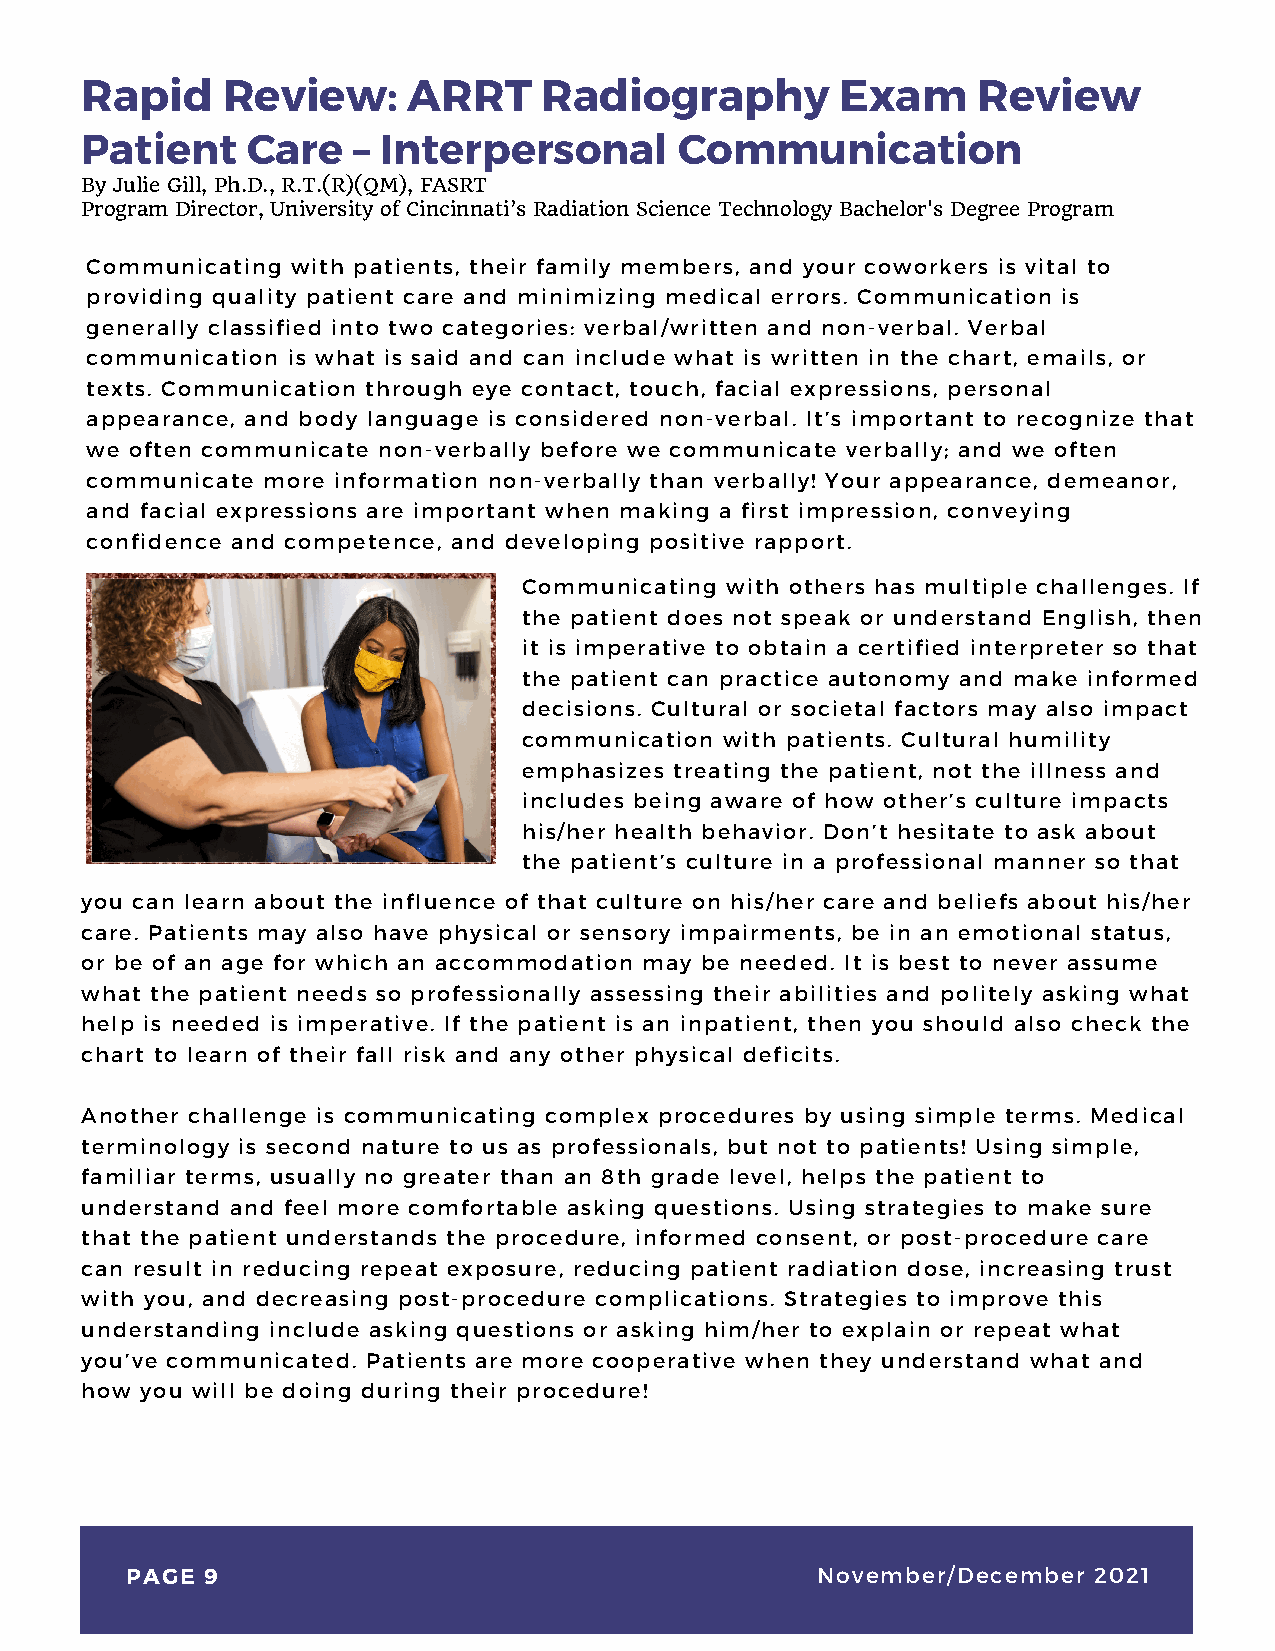
Rapid     Review:     ARRT     Radiography         Exam     Review
 Patient    Care   – Interpersonal       Communication
 By Julie Gill, Ph.D., R.T.(R)(QM), FASRT
 Program Director, University of Cincinnati’s Radiation Science Technology Bachelor's Degree Program
 Communicating with patients, their family members, and your coworkers is vital to
 providing quality patient care and minimizing medical errors. Communication is
 generally classified into two categories: verbal/written and non-verbal. Verbal
 communication is what is said and can include what is written in the chart, emails, or
 texts. Communication through eye contact, touch, facial expressions, personal
 appearance, and body language is considered non-verbal. It’s important to recognize that
 we often communicate non-verbally before we communicate verbally; and we often
 communicate more information non-verbally than verbally! Your appearance, demeanor,
 and facial expressions are important when making a first impression, conveying
 confidence and competence, and developing positive rapport.
 Communicating with others has multiple challenges. If
 the patient does not speak or understand English, then
 it is imperative to obtain a certified interpreter so that
 the patient can practice autonomy and make informed
 decisions. Cultural or societal factors may also impact
 communication with patients. Cultural humility
 emphasizes treating the patient, not the illness and
 includes being aware of how other’s culture impacts
 his/her health behavior. Don’t hesitate to ask about
 the patient’s culture in a professional manner so that
 you can learn about the influence of that culture on his/her care and beliefs about his/her
 care. Patients may also have physical or sensory impairments, be in an emotional status,
 or be of an age for which an accommodation may be needed. It is best to never assume
 what the patient needs so professionally assessing their abilities and politely asking what
 help is needed is imperative. If the patient is an inpatient, then you should also check the
 chart to learn of their fall risk and any other physical deficits.
 Another challenge is communicating complex procedures by using simple terms. Medical
 terminology is second nature to us as professionals, but not to patients! Using simple,
 familiar terms, usually no greater than an 8th grade level, helps the patient to
 understand and feel more comfortable asking questions. Using strategies to make sure
 that the patient understands the procedure, informed consent, or post-procedure care
 can result in reducing repeat exposure, reducing patient radiation dose, increasing trust
 with you, and decreasing post-procedure complications. Strategies to improve this
 understanding include asking questions or asking him/her to explain or repeat what
 you’ve communicated. Patients are more cooperative when they understand what and
 how you will be doing during their procedure!
 PAGE 9                                        November/December 2021